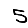
Digit: 5